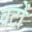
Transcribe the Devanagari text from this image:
वटों